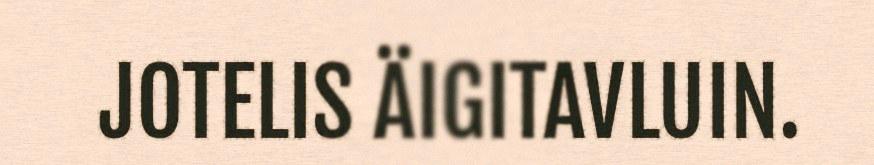
JOTELIS ÄIGITAVLUIN.